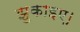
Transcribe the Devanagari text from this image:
झुकाइए।